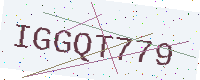
Text: IGGQT779